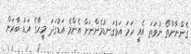
ގެންނާންތޯ ނުވަތަ އެއީ ހަމަ އަޅުގަނޑުމެންނަށް އެންމެ އަޑުގަދަ މީހާގެ އަޑު ބާރަށް